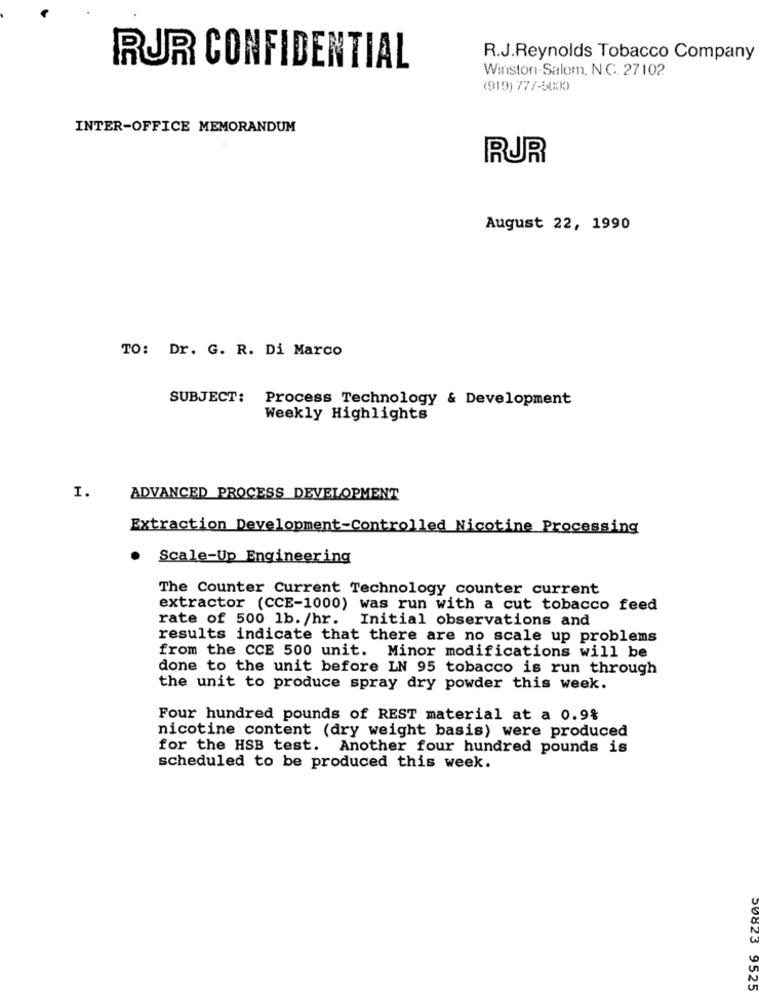
R.J.Reynolds Tobacco Company
RUR CONFIDENTIAL
Winston-Salem, N.C. 27102
(919) 777-5000
INTER-OFFICE MEMORANDUM
RUR
August 22, 1990
TO: Dr. G. R. Di Marco
SUBJECT: Process Technology & Development
Weekly Highlights
I.
ADVANCED PROCESS DEVELOPMENT
Extraction Development-Controlled Nicotine Processing
.
Scale-Up Engineering
The Counter Current Technology counter current
extractor (CCE-1000) was run with a cut tobacco feed
rate of 500 1b. /hr.
Initial observations and
results indicate that there are no scale up problems
from the CCE 500 unit. Minor modifications will be
done to the unit before LN 95 tobacco is run through
the unit to produce spray dry powder this week.
Four hundred pounds of REST material at a 0.9%
nicotine content (dry weight basis) were produced
for the HSB test. Another four hundred pounds is
scheduled to be produced this week.
9525